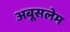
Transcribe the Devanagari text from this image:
अबूसलेम